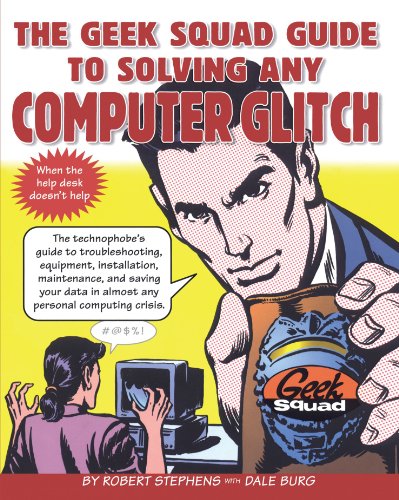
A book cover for The Geek Squad Guide to Solving Any Computer Glitch; Robert Stephens; Computers & Technology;